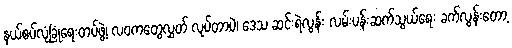
နယ်စပ်လုံခြုံရေးတပ်ဖွဲ့၊ လဝကတွေလွှတ် လုပ်တာပဲ၊ ဒေသ ဆင်းရဲလွန်း လမ်းပန်းဆက်သွယ်ရေး ခက်လွန်းတော့